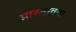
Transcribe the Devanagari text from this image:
प्रास्तावना